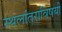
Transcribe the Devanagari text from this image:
स्थलांतराविषयी